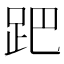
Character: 跁